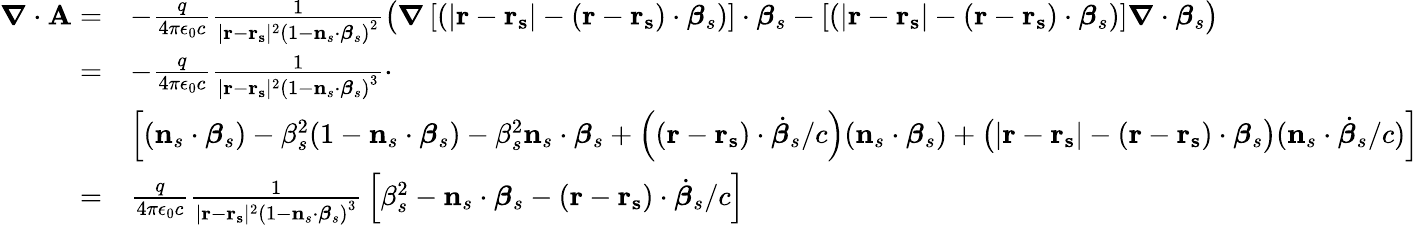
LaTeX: {\begin{array}{rl}{{\boldsymbol{\nabla}}\cdot\mathbf{A}=}&{-{\frac{q}{4\pi\epsilon_{0}c}}{\frac{1}{|\mathbf{r}-\mathbf{r_{s}}|^{2}\left(1-\mathbf{n}_{s}\cdot{\boldsymbol{\beta}}_{s}\right)^{2}}}{\big(}{\boldsymbol{\nabla}}\left[\left(|\mathbf{r}-\mathbf{r_{s}}|-(\mathbf{r}-\mathbf{r_{s}})\cdot{\boldsymbol{\beta}}_{s}\right)\right]\cdot{\boldsymbol{\beta}}_{s}-\left[\left(|\mathbf{r}-\mathbf{r_{s}}|-(\mathbf{r}-\mathbf{r_{s}})\cdot{\boldsymbol{\beta}}_{s}\right)\right]{\boldsymbol{\nabla}}\cdot{\boldsymbol{\beta}}_{s}{\big)}}\\ {=}&{-{\frac{q}{4\pi\epsilon_{0}c}}{\frac{1}{|\mathbf{r}-\mathbf{r_{s}}|^{2}\left(1-\mathbf{n}_{s}\cdot{\boldsymbol{\beta}}_{s}\right)^{3}}}\cdot}\\ &{\left[(\mathbf{n}_{s}\cdot{\boldsymbol{\beta}}_{s})-{\beta}_{s}^{2}(1-\mathbf{n}_{s}\cdot{\boldsymbol{\beta}}_{s})-{\beta}_{s}^{2}\mathbf{n}_{s}\cdot{\boldsymbol{\beta}}_{s}+\left((\mathbf{r}-\mathbf{r_{s}})\cdot{\dot{\boldsymbol{\beta}}}_{s}/c\right)(\mathbf{n}_{s}\cdot{\boldsymbol{\beta}}_{s})+{\big(}|\mathbf{r}-\mathbf{r_{s}}|-(\mathbf{r}-\mathbf{r_{s}})\cdot{\boldsymbol{\beta}}_{s}{\big)}(\mathbf{n}_{s}\cdot{\dot{\boldsymbol{\beta}}}_{s}/c)\right]}\\ {=}&{{\frac{q}{4\pi\epsilon_{0}c}}{\frac{1}{|\mathbf{r}-\mathbf{r_{s}}|^{2}\left(1-\mathbf{n}_{s}\cdot{\boldsymbol{\beta}}_{s}\right)^{3}}}\left[\beta_{s}^{2}-\mathbf{n}_{s}\cdot{\boldsymbol{\beta}}_{s}-(\mathbf{r}-\mathbf{r_{s}})\cdot{\dot{\boldsymbol{\beta}}}_{s}/c\right]}\end{array}}